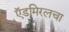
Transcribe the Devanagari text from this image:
ऍडमिरलचा